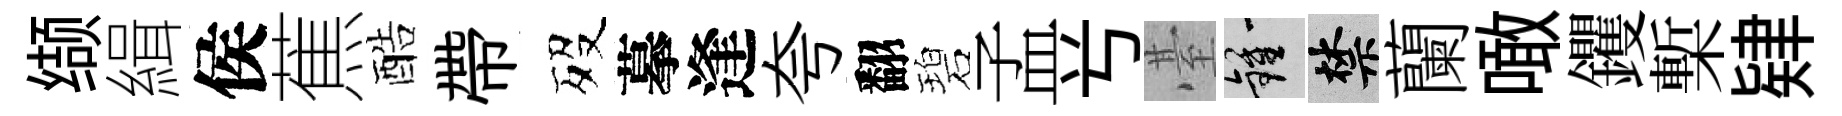
缬緝侯蕉酷帶歿摹逢夸翻碧孟𠔃䑓鍾禁蘭噉钁槧肄